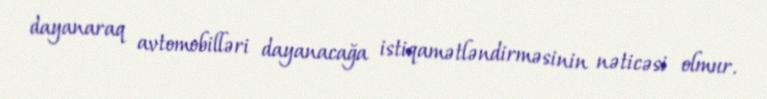
dayanaraq avtomobilləri dayanacağa istiqamətləndirməsinin nəticəsi olmur.